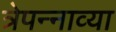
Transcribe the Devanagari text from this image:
त्रेपन्नाव्या